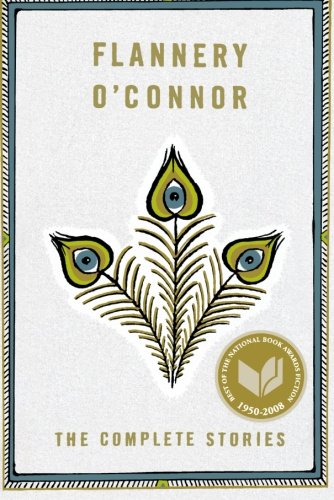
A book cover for The Complete Stories (FSG Classics); Flannery O'Connor; Literature & Fiction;